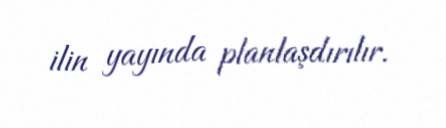
ilin yayında planlaşdırılır.